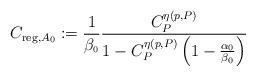
LaTeX: \begin{align*}C_{\operatorname*{reg},A_{\scriptscriptstyle 0} }:=\frac{1}{\beta_{\scriptscriptstyle0}}\frac{C_{P}^{\eta\left( p,P\right) }}{1-C_{P}^{\eta\left( p,P\right) }\left( 1-\frac{\alpha_{\scriptscriptstyle0}}{\beta_{\scriptscriptstyle0}}\right) } \end{align*}